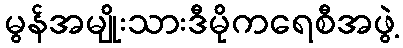
မွန်အမျိုးသားဒီမိုကရေစီအဖွဲ့